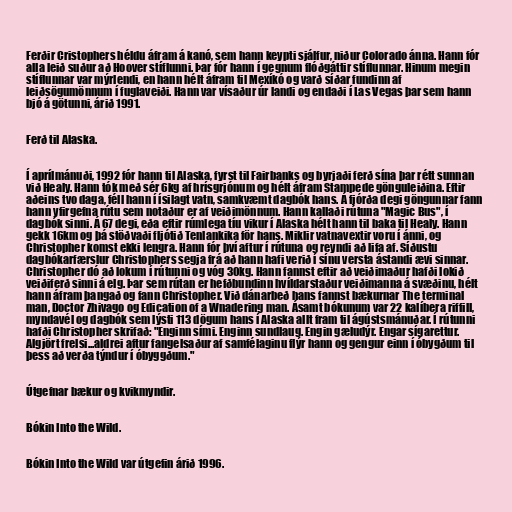
Ferðir Cristophers héldu áfram á kanó, sem hann keypti sjálfur, niður Colorado ánna. Hann fór
alla leið suður að Hoover stíflunni. Þar fór hann í gegnum flóðgáttir stíflunnar. Hinum megin
stíflunnar var mýrlendi, en hann hélt áfram til Mexíkó og varð síðar fundinn af
leiðsögumönnum í fuglaveiði. Hann var vísaður úr landi og endaði í Las Vegas þar sem hann
bjó á götunni, árið 1991.

Ferð til Alaska.

Í aprílmánuði, 1992 fór hann til Alaska, fyrst til Fairbanks og byrjaði ferð sína þar rétt sunnan
við Healy. Hann tók með sér 6kg af hrísgrjónum og hélt áfram Stampede gönguleiðina. Eftir
aðeins tvo daga, féll hann í ísilagt vatn, samkvæmt dagbók hans. Á fjórða degi göngunnar fann
hann yfirgefna rútu sem notaður er af veiðimönnum. Hann kallaði rútuna "Magic Bus", í
dagbók sinni. Á 67 degi, eða eftir rúmlega tíu vikur í Alaska hélt hann til baka til Healy. Hann
gekk 16km og þá stöðvaði fljótið Tenlankika för hans. Miklir vatnavextir voru í ánni, og
Christopher komst ekki lengra. Hann fór því aftur í rútuna og reyndi að lifa af. Síðustu
dagbókarfærslur Christophers segja frá að hann hafi verið í sínu versta ástandi ævi sinnar.
Christopher dó að lokum í rútunni og vóg 30kg. Hann fannst eftir að veiðimaður hafði lokið
veiðiferð sinni á elg. Þar sem rútan er hefðbundinn hvíldarstaður veiðimanna á svæðinu, hélt
hann áfram þangað og fann Christopher. Við dánarbeð hans fannst bækurnar The terminal
man, Doctor Zhivago og Edication of a Wnadering man. Ásamt bókunum var 22 kalíbera riffill,
myndavél og dagbók sem lýsti 113 dögum hans í Alaska allt fram til ágústsmánuðar. Í rútunni
hafði Christopher skrifað: "Enginn sími. Enginn sundlaug. Engin gæludýr. Engar sígarettur.
Algjört frelsi...aldrei aftur fangelsaður af samfélaginu flýr hann og gengur einn í óbygðum til
þess að verða týndur í óbyggðum."

Útgefnar bækur og kvikmyndir.

Bókin Into the Wild.

Bókin Into the Wild var útgefin árið 1996.